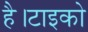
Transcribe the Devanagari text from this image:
है।टाइको